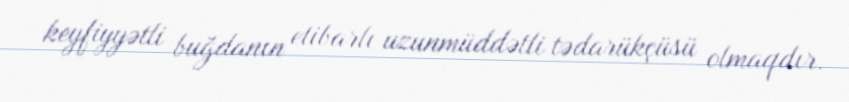
keyfiyyətli buğdanın etibarlı uzunmüddətli tədarükçüsü olmaqdır.